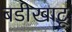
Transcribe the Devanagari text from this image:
बडीखाटू